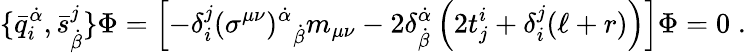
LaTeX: \{ \bar{q}_{i}^{\dot{\alpha}},\bar{s}_{\dot{\beta}}^{j}\} \Phi=\left[-\delta_{i}^{j}(\sigma^{\mu\nu})^{\dot{\alpha}}{}_{\dot{\beta}}m_{\mu\nu}-2\delta_{\dot{\beta}}^{\dot{\alpha}}\left(2t_{j}^{i}+\delta_{i}^{j}(\ell+r)\right)\right]\Phi=0\; .